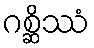
ဂစ္ဆိဿံ